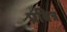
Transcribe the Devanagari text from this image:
प्रवित्र